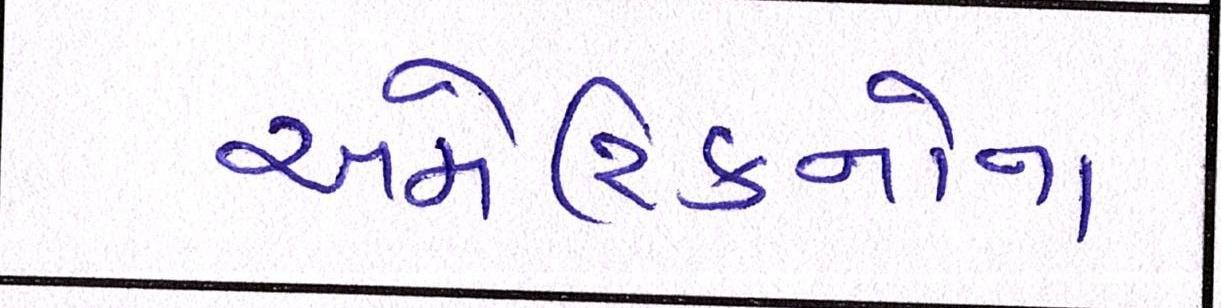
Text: અમેરિકનોના